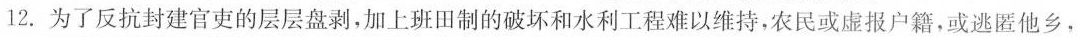
12.为了反抗封建官吏的层层盘剥，加上班田制的破坏和水利工程难以维持，农民或虚报户籍，或逃匿他乡，